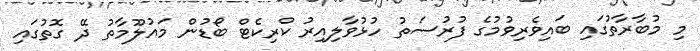
މި މުބާރާތުގައި ބައިވެރިވުމުގެ ފުރުސަތު ހުޅުވާލިއިރު ކްރިކެޓް ބޯޑުން މައުލޫމާތު ދޭ ގޮތުގައި